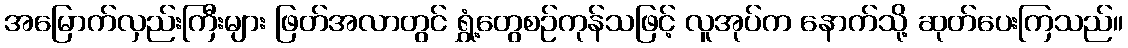
အမြောက်လှည်းကြီးများ ဖြတ်အလာတွင် ရွှံ့တွေစဉ်ကုန်သဖြင့် လူအုပ်က နောက်သို့ ဆုတ်ပေးကြသည်။